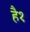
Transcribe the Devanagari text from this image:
है१